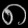
Digit: ၈